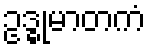
ဥဒ္ဓုမာတကံ